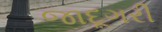
જાદૂગરી